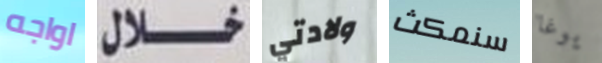
اواجه خلال ولادتي سنمكث يوغا